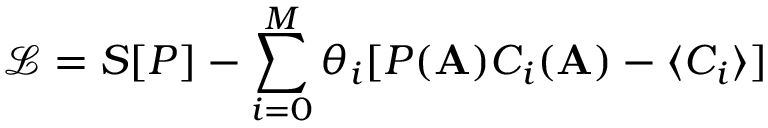
\mathscr { L } = S [ P ] - \sum _ { i = 0 } ^ { M } \theta _ { i } [ P ( \mathbf { A } ) C _ { i } ( \mathbf { A } ) - \langle C _ { i } \rangle ]